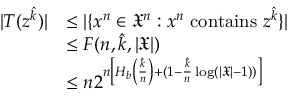
\begin{array} { r l } { | T ( z ^ { \hat { k } } ) | } & { \le | \{ x ^ { n } \in \mathfrak { X } ^ { n } : x ^ { n } \mathrm { ~ c o n t a i n s ~ } z ^ { \hat { k } } \} | } \\ & { \le F ( n , \hat { k } , | \mathfrak { X } | ) } \\ & { \le n 2 ^ { n \left[ H _ { b } \left( \frac { \hat { k } } { n } \right) + ( 1 - \frac { \hat { k } } { n } \log ( | \mathfrak { X } | - 1 ) ) \right] } } \end{array}